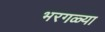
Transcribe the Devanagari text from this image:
भरगळ्या